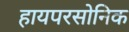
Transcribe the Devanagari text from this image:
हायपरसोनिक